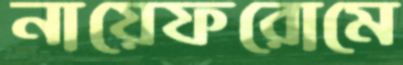
নায়েফরোমে